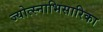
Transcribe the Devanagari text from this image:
ज्योत्स्नाभिसारिका